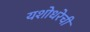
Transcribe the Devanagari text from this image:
यशोधरेची